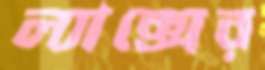
ল্যাক্সের